Vital statistics of India. Vol. V, Reports of 1876 on armies & jails and on epidemic cholera
Year: 1876
Disease focus: Cholera
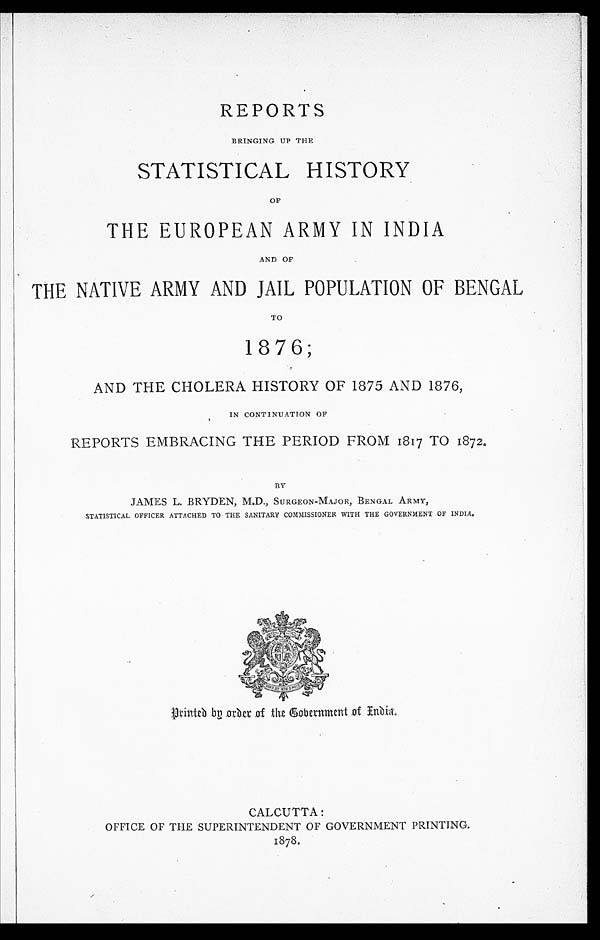
REPORTS
BRINGING UP THE
STATISTICAL HISTORY
OF
THE EUROPEAN ARMY IN INDIA
AND OF
THE NATIVE ARMY AND JAIL POPULATION OF BENGAL
TO
1876;
AND THE CHOLERA HISTORY OF 1875 AND 1876,
IN CONTINUATION OF
REPORTS EMBRACING THE PERIOD FROM 1817 TO 1872.
BY
JAMES L. BRYDEN, M.D., SURGEON-MAJOR, BENGAL ARMY,
STATISTICAL OFFICER ATTACHED TO THE SANITARY COMMISSIONER WITH THE GOVERNMENT OF INDIA.
Printed by order of the Government of India.
CALCUTTA:
OFFICE OF THE SUPERINTENDENT OF GOVERNMENT PRINTING.
1878.